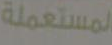
المستعملة